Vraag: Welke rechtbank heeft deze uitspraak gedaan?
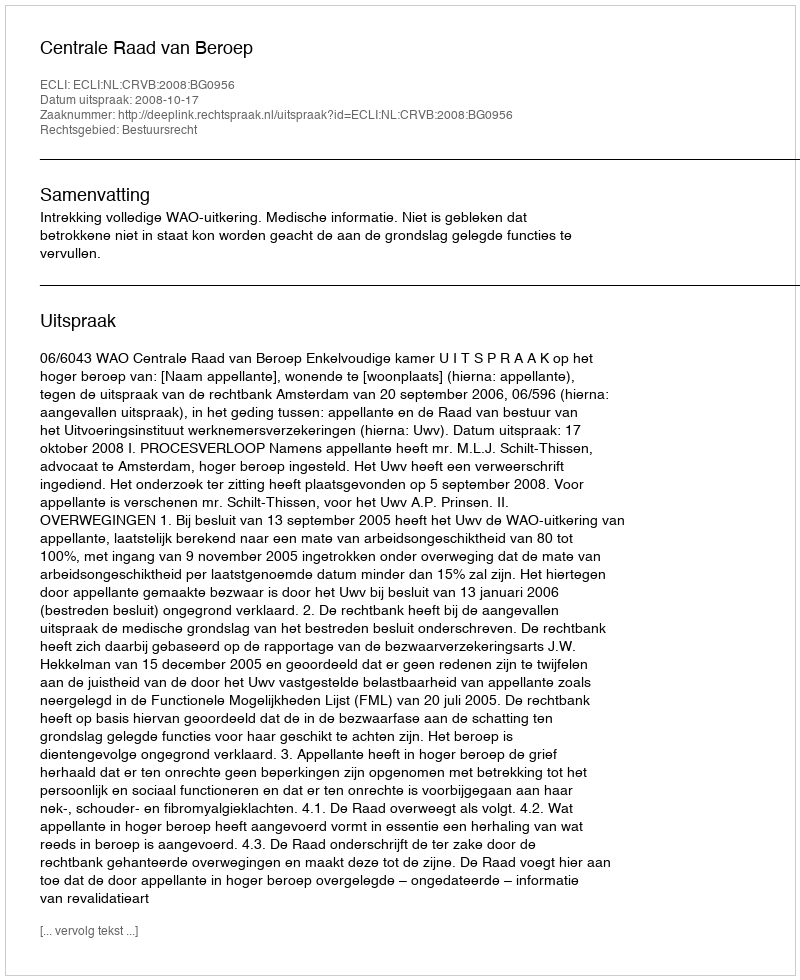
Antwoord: Centrale Raad van Beroep